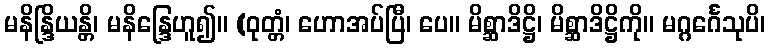
မနိန္ဒြိယန္တိ၊ မနိန္ဒြေဟူ၍။ (ဝုတ္တံ၊ ဟောအပ်ပြီ၊ ပေ။ မိစ္ဆာဒိဋ္ဌိ၊ မိစ္ဆာဒိဋ္ဌိကို။ မဂ္ဂင်္ဂေသုပိ၊